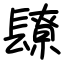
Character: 镽